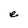
Character: e